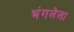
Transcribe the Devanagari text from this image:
भंगलेला